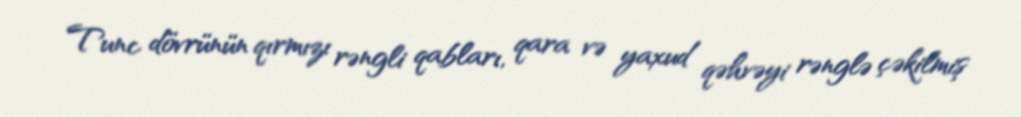
Tunc dövrünün qırmızı rəngli qabları, qara və yaxud qəhvəyi rənglə çəkilmiş